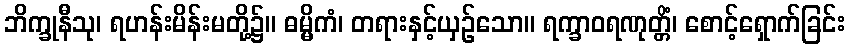
ဘိက္ခုနီသု၊ ရဟန်းမိန်းမတို့၌။ ဓမ္မိကံ၊ တရားနှင့်ယှဉ်သော။ ရက္ခာဝရဏုတ္တိံ၊ စောင့်ရှောက်ခြင်း